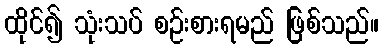
ထိုင်၍ သုံးသပ် စဉ်းစားရမည် ဖြစ်သည်။